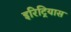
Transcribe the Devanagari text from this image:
इरिट्रियास